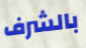
بالشرف